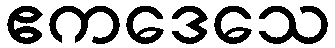
ဧကဒေသေ